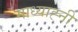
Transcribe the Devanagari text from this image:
माध्याह्नी